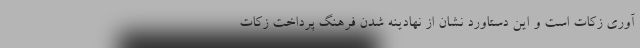
آوری زکات است و این دستاورد نشان از نهادینه شدن فرهنگ پرداخت زکات